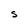
Character: S